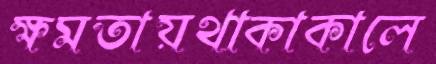
ক্ষমতায়থাকাকালে